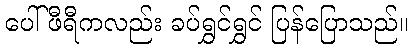
ပေါ်ဖီရီကလည်း ခပ်ရွှင်ရွှင် ပြန်ပြောသည်။